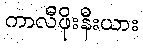
ကာလီဖိုးနီးယား